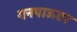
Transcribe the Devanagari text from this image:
गनपाऊडर